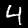
Digit: 4